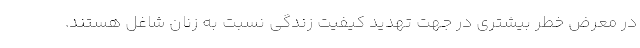
در معرض خطر بیشتری در جهت تهدید کیفیت زندگی نسبت به زنان شاغل هستند.